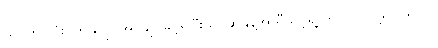
သင်ဟာလုံးဝကိုယ်ပိုင်အုပ်ချုပ်ခွင့်ရပြီးသင့်ဆန္ဒနဲ့အညီသင့်ရဲ့ ကိုပြုပြင်လို့ရပါတယ်။